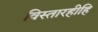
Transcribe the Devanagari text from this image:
विस्तारहीहि